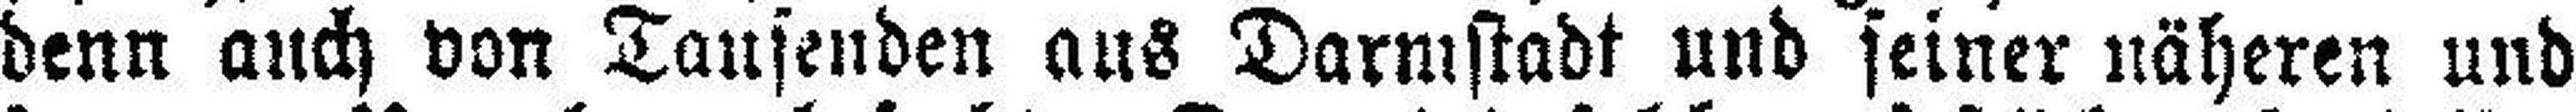
denn auch von Tausenden aus Darmstadt und seiner näheren und